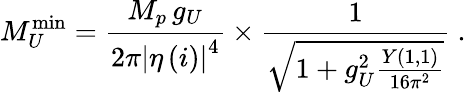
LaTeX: M_{U}^{\scriptstyle\mathrm{min}}=\frac{M_{p}\, g_{U}}{{2\pi}\left|\eta\left(i\right)\right|^{4}}\times\frac{1}{\sqrt{1+g_{U}^{2}\frac{Y(1,1)}{16\pi^{2}}}}\ .